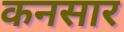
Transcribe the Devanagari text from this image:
कनसार